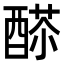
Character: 𨡸